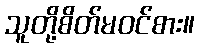
သူတို့စိတ်မဝင်စား။